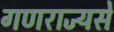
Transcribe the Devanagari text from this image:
गणराज्यसे